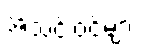
အသင်းဝင်များ